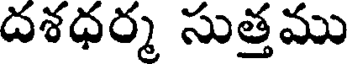
దశధర్మ సుత్తము